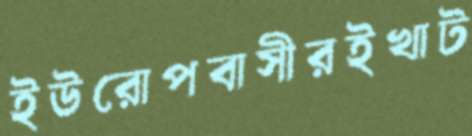
ইউরোপবাসীরইখাট